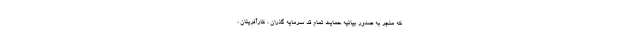
که منجر به صدور بیانیه حمایت تمام قد سرمایه گذران ، کارآفرینان ،